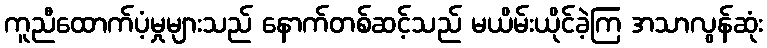
ကူညီထောက်ပံ့မှုများသည် နောက်တစ်ဆင့်သည် မယိမ်းယိုင်ခဲ့ကြ အသာလွန်ဆုံး